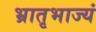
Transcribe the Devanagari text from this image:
भ्रातृभाज्यं